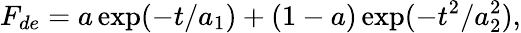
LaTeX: F_{de}=a\exp(-t/a_{1})+(1-a)\exp(-t^{2}/a_{2}^{2}),